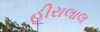
હીરાલાલ